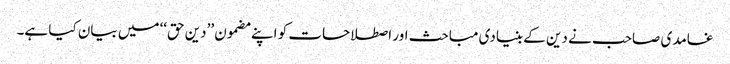
غامدی صاحب نے دین کے بنیادی مباحث اور اصطلاحات کو اپنے مضمون ’’دین حق‘‘ میں بیان کیا ہے۔